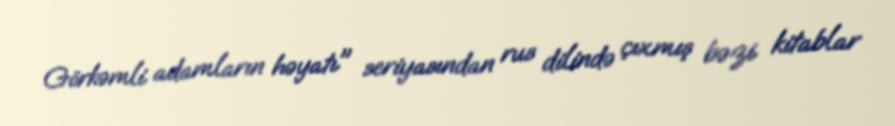
Görkəmli adamların həyatı" seriyasından rus dilində çıxmış bəzi kitablar